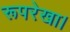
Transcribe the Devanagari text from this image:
रूपरेखा।